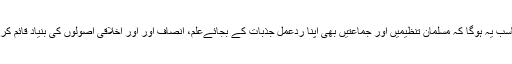
مناسب یہ ہوگا کہ مسلمان تنظیمیں اور جماعتیں بھی اپنا ردعمل جذبات کے بجائےعلم، انصاف اور اور اخلاقی اصولوں کی بنیاد قائم کریں۔